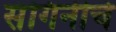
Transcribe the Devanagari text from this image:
संगिनीचे